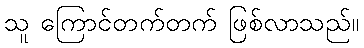
သူ ကြောင်တက်တက် ဖြစ်လာသည်။